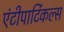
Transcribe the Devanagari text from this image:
एंटीपार्टिकल्स